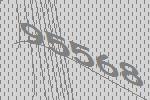
95568